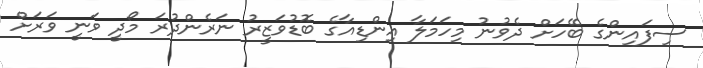
ސިފައިންގެ ބޭހަށް ދެވުނު މިހަމަލާ އިންޑިއާގެ ބޮޑުވަޒީރު ނަރެންދުރަ މޯދީ ވަނީ ވަރަށް